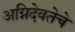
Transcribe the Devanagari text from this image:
अग्निदेवतेचे